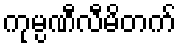
ကုမ္ပဏီလီမိတက်